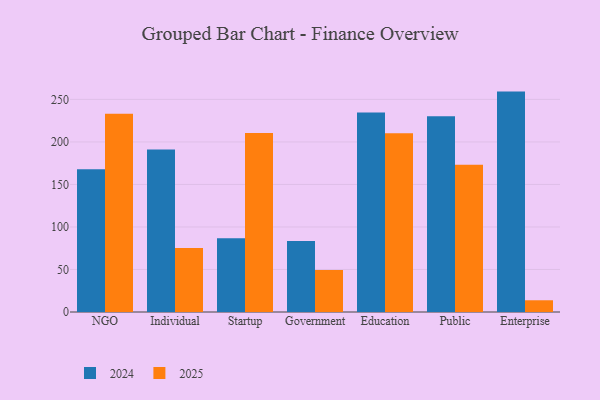
{"axis": {"x": "Segment", "y": "Tickets Resolved"}, "legend": ["2024", "2025"], "data": [{"x": "NGO", "y": 167.8, "type": "2024"}, {"x": "NGO", "y": 233.2, "type": "2025"}, {"x": "Individual", "y": 191.2, "type": "2024"}, {"x": "Individual", "y": 75.4, "type": "2025"}, {"x": "Startup", "y": 86.8, "type": "2024"}, {"x": "Startup", "y": 210.6, "type": "2025"}, {"x": "Government", "y": 83.5, "type": "2024"}, {"x": "Government", "y": 49.3, "type": "2025"}, {"x": "Education", "y": 234.7, "type": "2024"}, {"x": "Education", "y": 210.2, "type": "2025"}, {"x": "Public", "y": 230.3, "type": "2024"}, {"x": "Public", "y": 173.1, "type": "2025"}, {"x": "Enterprise", "y": 259.2, "type": "2024"}, {"x": "Enterprise", "y": 13.8, "type": "2025"}]}